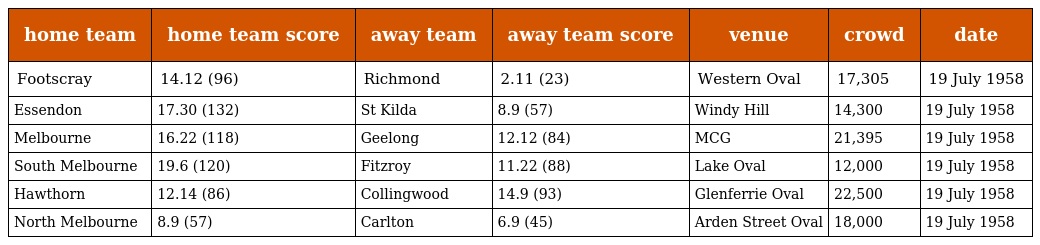
| home team | home team score | away team | away team score | venue | crowd | date |
 | --- | --- | --- | --- | --- | --- | --- |
 | Footscray | 14.12 (96) | Richmond | 2.11 (23) | Western Oval | 17,305 | 19 July 1958 |
 | Essendon | 17.30 (132) | St Kilda | 8.9 (57) | Windy Hill | 14,300 | 19 July 1958 |
 | Melbourne | 16.22 (118) | Geelong | 12.12 (84) | MCG | 21,395 | 19 July 1958 |
 | South Melbourne | 19.6 (120) | Fitzroy | 11.22 (88) | Lake Oval | 12,000 | 19 July 1958 |
 | Hawthorn | 12.14 (86) | Collingwood | 14.9 (93) | Glenferrie Oval | 22,500 | 19 July 1958 |
 | North Melbourne | 8.9 (57) | Carlton | 6.9 (45) | Arden Street Oval | 18,000 | 19 July 1958 |